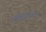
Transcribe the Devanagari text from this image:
ओव्हिदियस